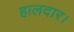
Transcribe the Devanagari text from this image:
हालदार।